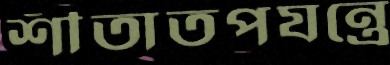
শীতাতপযন্ত্রে